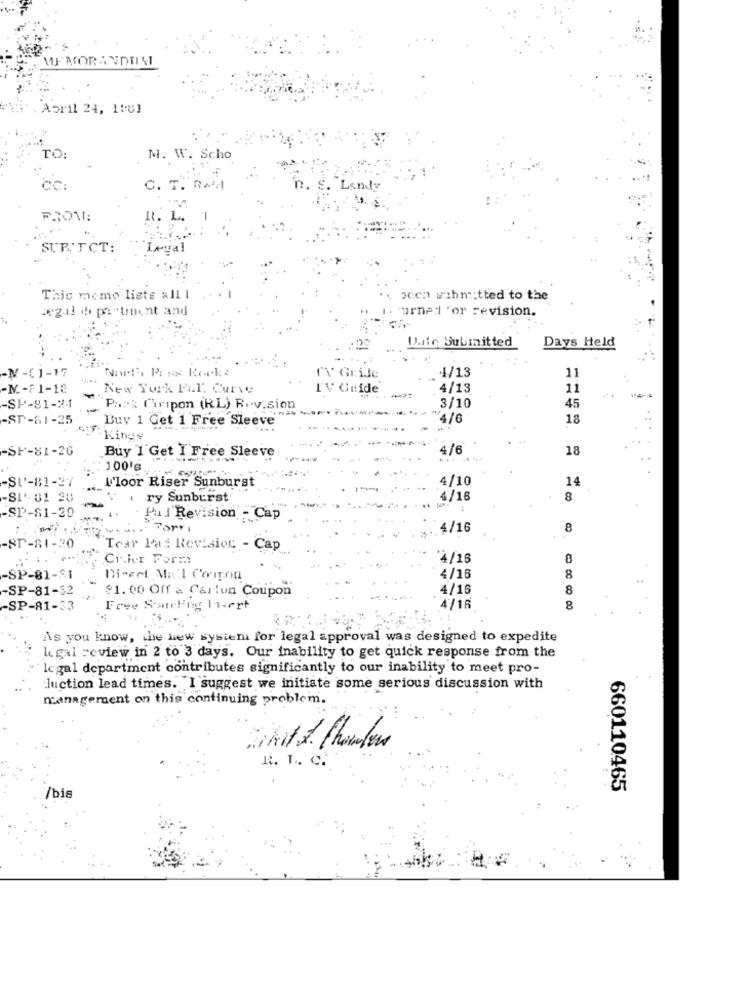
Abril 24, 1:8]
TO:
M. W. Scho
Cc:
C. T. RMA
R. L ..
SUR.'TCT:
LAval
This momo liste all I
ocen submitted to the
:egal dd partment and
1. urned "or revision.
Lite Submitted
Days Held
4/13
11
-N-(1-17
North Pius Rocks
"V Gride
-N .- F1-18
New York Pal: Curve
I'V Guide
4/13
11
-SP-81-2-1
45
P ... " Curipon (RL) R.v.sion
3/10
-ST-51-25
Buy 1 Get 1 Free Sleeve
4/6
18
Kings
-SP-81-26
4/6
18
Buy 1 Get I Free Sleeve
: 100's
SU-81-27
l'loor Riser Sunburst
4/10
14
-SI.81 20
ry Sunburst
4/16
8
-
-SP-81-20
Pul Revision - Cap
Torri
4/16
8
-ST-81-20
Tear Pad Revision - Cap
Cr.fer Form:
14/16
8
-SP
Direct Mail Comon
4/16
8
-SP-81-32
$1.00 Off à Carlun Coupon
4/16
8
-SP-81-33
Free Swirling 11-ert
4/16
8
As you know, the new system for legal approval was designed to expedite
Legal review in 2 to 3 days. Our inability to get quick response from the
legal department contributes significantly to our inability to meet pro-
luction lead times. I suggest we initiate some serious discussion with
management on this continuing problem.
20hit 1. Chowder
R. L. C.
660110465
/bis